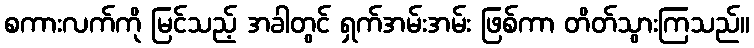
စကားလက်ကို မြင်သည့် အခါတွင် ရှက်အမ်းအမ်း ဖြစ်ကာ တိတ်သွားကြသည်။